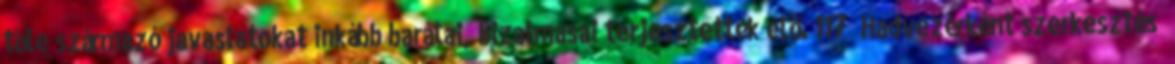
tőle származó javaslatokat inkább barátai, bizalmasai terjesztették elő. 117 Hadvezérként szerkesztés